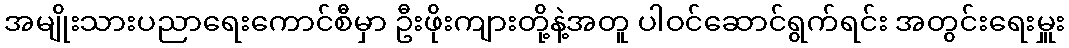
အမျိုးသားပညာရေးကောင်စီမှာ ဦးဖိုးကျားတို့နဲ့အတူ ပါဝင်ဆောင်ရွက်ရင်း အတွင်းရေးမှူး